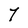
Character: 7